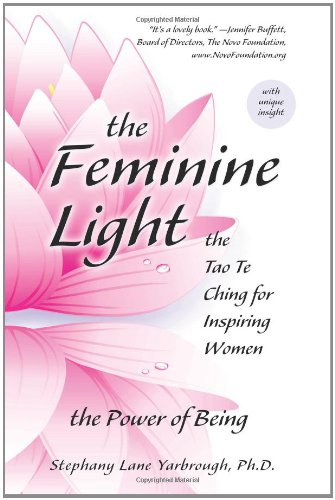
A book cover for The Feminine Light: The Tao Te Ching for Inspiring Women; Stephany Lane Yarbrough; Religion & Spirituality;